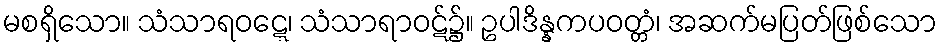
မစရှိသော။ သံသာရဝဋ္ဋေ၊ သံသာရာဝဋ်၌။ ဥပါဒိန္နကပဝတ္တံ၊ အဆက်မပြတ်ဖြစ်သော